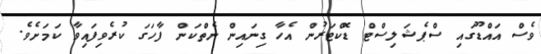
ވެސް އައްޑޫގައި ސްޕެޝަލިސްޓް ޑޮކްޓަރުން އެހާ ގިނައިން ނެތްކަން ފާހަގަ ކުރެވިފައިވާ ކަމަށެވެ.